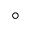
^ \circ